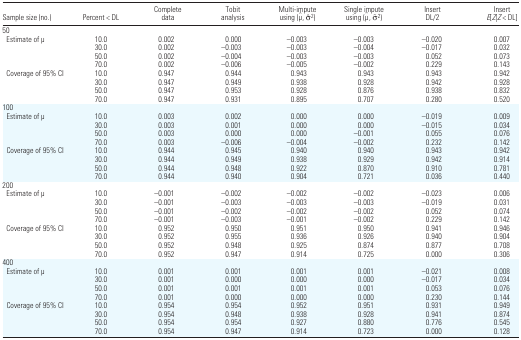
<table><thead><tr><td><b>Sample size (no.)</b></td><td><b>Percent &lt; DL</b></td><td><b>Complete data</b></td><td><b>Tobit analysis</b></td><td><b>Multi-impute using (μ̂, σ̂<sup>2</sup>)</b></td><td><b>Single impute using (μ̃, σ̃<sup>2</sup>)</b></td><td><b>Insert DL/2</b></td><td><b>Insert <i>E</i>[<i>Z</i>|<i>Z</i> &lt; DL]</b></td></tr></thead><tbody><tr><td colspan="8">50</td></tr><tr><td> Estimate of μ</td><td>10.0</td><td>0.002</td><td>0.000</td><td>−0.003</td><td>−0.003</td><td>−0.020</td><td>0.007</td></tr><tr><td></td><td>30.0</td><td>0.002</td><td>−0.003</td><td>−0.003</td><td>−0.004</td><td>−0.017</td><td>0.032</td></tr><tr><td></td><td>50.0</td><td>0.002</td><td>−0.004</td><td>−0.003</td><td>−0.003</td><td>0.052</td><td>0.073</td></tr><tr><td></td><td>70.0</td><td>0.002</td><td>−0.006</td><td>−0.005</td><td>−0.002</td><td>0.229</td><td>0.143</td></tr><tr><td> Coverage of 95% CI</td><td>10.0</td><td>0.947</td><td>0.944</td><td>0.943</td><td>0.943</td><td>0.943</td><td>0.942</td></tr><tr><td></td><td>30.0</td><td>0.947</td><td>0.949</td><td>0.938</td><td>0.928</td><td>0.942</td><td>0.928</td></tr><tr><td></td><td>50.0</td><td>0.947</td><td>0.953</td><td>0.928</td><td>0.876</td><td>0.938</td><td>0.832</td></tr><tr><td></td><td>70.0</td><td>0.947</td><td>0.931</td><td>0.895</td><td>0.707</td><td>0.280</td><td>0.520</td></tr><tr><td colspan="8">100</td></tr><tr><td> Estimate of μ</td><td>10.0</td><td>0.003</td><td>0.002</td><td>0.000</td><td>0.000</td><td>−0.019</td><td>0.009</td></tr><tr><td></td><td>30.0</td><td>0.003</td><td>0.001</td><td>0.000</td><td>0.000</td><td>−0.015</td><td>0.034</td></tr><tr><td></td><td>50.0</td><td>0.003</td><td>0.000</td><td>0.000</td><td>−0.001</td><td>0.055</td><td>0.076</td></tr><tr><td></td><td>70.0</td><td>0.003</td><td>−0.006</td><td>−0.004</td><td>−0.002</td><td>0.232</td><td>0.142</td></tr><tr><td> Coverage of 95% CI</td><td>10.0</td><td>0.944</td><td>0.945</td><td>0.940</td><td>0.940</td><td>0.943</td><td>0.942</td></tr><tr><td></td><td>30.0</td><td>0.944</td><td>0.949</td><td>0.938</td><td>0.929</td><td>0.942</td><td>0.914</td></tr><tr><td></td><td>50.0</td><td>0.944</td><td>0.948</td><td>0.922</td><td>0.870</td><td>0.910</td><td>0.781</td></tr><tr><td></td><td>70.0</td><td>0.944</td><td>0.940</td><td>0.904</td><td>0.721</td><td>0.036</td><td>0.440</td></tr><tr><td colspan="8">200</td></tr><tr><td> Estimate of μ</td><td>10.0</td><td>−0.001</td><td>−0.002</td><td>−0.002</td><td>−0.002</td><td>−0.023</td><td>0.006</td></tr><tr><td></td><td>30.0</td><td>−0.001</td><td>−0.003</td><td>−0.003</td><td>−0.003</td><td>−0.019</td><td>0.031</td></tr><tr><td></td><td>50.0</td><td>−0.001</td><td>−0.002</td><td>−0.002</td><td>−0.002</td><td>0.052</td><td>0.074</td></tr><tr><td></td><td>70.0</td><td>−0.001</td><td>−0.003</td><td>−0.001</td><td>−0.002</td><td>0.229</td><td>0.142</td></tr><tr><td> Coverage of 95% CI</td><td>10.0</td><td>0.952</td><td>0.950</td><td>0.951</td><td>0.950</td><td>0.941</td><td>0.946</td></tr><tr><td></td><td>30.0</td><td>0.952</td><td>0.955</td><td>0.936</td><td>0.926</td><td>0.940</td><td>0.904</td></tr><tr><td></td><td>50.0</td><td>0.952</td><td>0.948</td><td>0.925</td><td>0.874</td><td>0.877</td><td>0.708</td></tr><tr><td></td><td>70.0</td><td>0.952</td><td>0.947</td><td>0.914</td><td>0.725</td><td>0.000</td><td>0.306</td></tr><tr><td colspan="8">400</td></tr><tr><td> Estimate of μ</td><td>10.0</td><td>0.001</td><td>0.001</td><td>0.001</td><td>0.001</td><td>−0.021</td><td>0.008</td></tr><tr><td></td><td>30.0</td><td>0.001</td><td>0.000</td><td>0.000</td><td>0.000</td><td>−0.017</td><td>0.034</td></tr><tr><td></td><td>50.0</td><td>0.001</td><td>0.001</td><td>0.001</td><td>0.001</td><td>0.053</td><td>0.076</td></tr><tr><td></td><td>70.0</td><td>0.001</td><td>0.000</td><td>0.000</td><td>0.000</td><td>0.230</td><td>0.144</td></tr><tr><td> Coverage of 95% CI</td><td>10.0</td><td>0.954</td><td>0.954</td><td>0.952</td><td>0.951</td><td>0.931</td><td>0.949</td></tr><tr><td></td><td>30.0</td><td>0.954</td><td>0.948</td><td>0.938</td><td>0.928</td><td>0.941</td><td>0.874</td></tr><tr><td></td><td>50.0</td><td>0.954</td><td>0.954</td><td>0.927</td><td>0.880</td><td>0.776</td><td>0.545</td></tr><tr><td></td><td>70.0</td><td>0.954</td><td>0.947</td><td>0.914</td><td>0.723</td><td>0.000</td><td>0.128</td></tr></tbody></table>